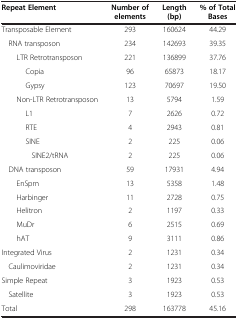
| Repeat Element | Number of elements | Length (bp) | % of Total Bases |
 | --- | --- | --- | --- |
 | Transposable Element | 293 | 160624 | 44.29 |
 | RNA transposon | 234 | 142693 | 39.35 |
 | LTR Retrotransposon | 221 | 136899 | 37.76 |
 | Copia | 96 | 65873 | 18.17 |
 | Gypsy | 123 | 70697 | 19.50 |
 | Non-LTR Retrotransposon | 13 | 5794 | 1.59 |
 | L1 | 7 | 2626 | 0.72 |
 | RTE | 4 | 2943 | 0.81 |
 | SINE | 2 | 225 | 0.06 |
 | SINE2/tRNA | 2 | 225 | 0.06 |
 | DNA transposon | 59 | 17931 | 4.94 |
 | EnSpm | 13 | 5358 | 1.48 |
 | Harbinger | 11 | 2728 | 0.75 |
 | Helitron | 2 | 1197 | 0.33 |
 | MuDr | 6 | 2515 | 0.69 |
 | hAT | 9 | 3111 | 0.86 |
 | Integrated Virus | 2 | 1231 | 0.34 |
 | Caulimoviridae | 2 | 1231 | 0.34 |
 | Simple Repeat | 3 | 1923 | 0.53 |
 | Satellite | 3 | 1923 | 0.53 |
 | Total | 298 | 163778 | 45.16 |